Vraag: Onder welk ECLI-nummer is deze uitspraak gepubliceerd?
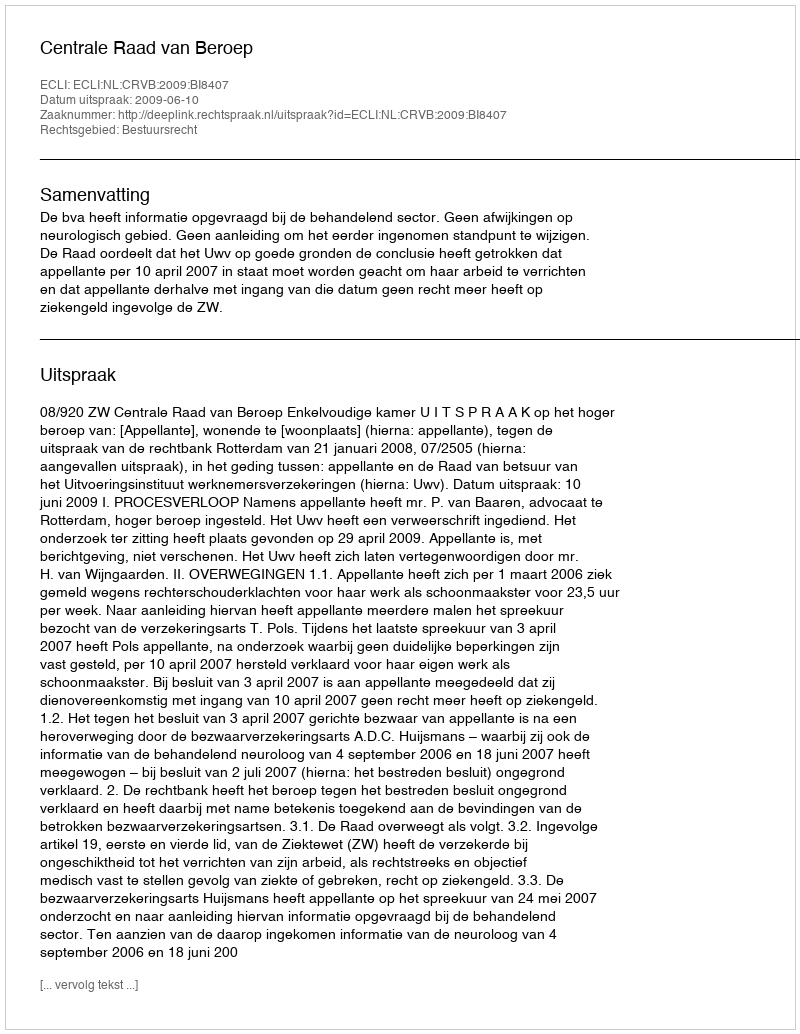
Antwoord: ECLI:NL:CRVB:2009:BI8407